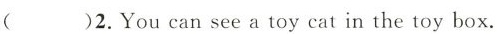
( )2.You can see a toy cat in the toy box.